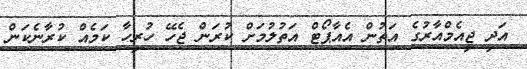
އަދި ޖީއެމްއާރުގެ އަތުން އެއާޕޯޓް އަތުލުމަށް ކުރަން ޖެހޭ ހުރިހާ ކަމެއް ކުރާނެކަން